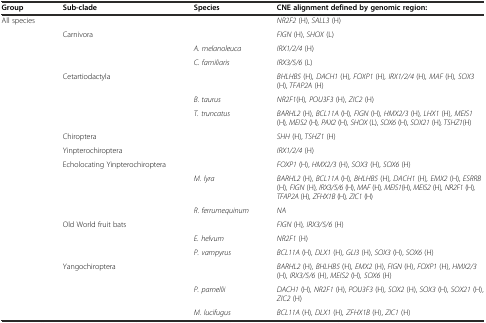
| Group | Sub-clade | Species | CNE alignment defined by genomic region: |
 | --- | --- | --- | --- |
 | All species |  |  | NR2F2 (H), SALL3 (H) |
 |  | Carnivora |  | FIGN (H), SHOX (L) |
 |  |  | A. melanoleuca | IRX1/2/4 (H) |
 |  |  | C. familiaris | IRX3/5/6 (L) |
 |  | Cetartiodactyla |  | BHLHB5 (H), DACH1 (H), FOXP1 (H), IRX1/2/4 (H), MAF (H), SOX3 (H), TFAP2A (H) |
 |  |  | B. taurus | NR2F1(H), POU3F3 (H), ZIC2 (H) |
 |  |  | T. truncatus | BARHL2 (H), BCL11A (H), FIGN (H), HMX2/3 (H), LHX1 (H), MEIS1 (H), MEIS2 (H), PAX2 (H), SHOX (L), SOX6 (H), SOX21 (H), TSHZ1(H) |
 |  | Chiroptera |  | SHH (H), TSHZ1 (H) |
 |  | Yinpterochiroptera |  | IRX1/2/4 (H) |
 |  | Echolocating Yinpterochiroptera |  | FOXP1 (H), HMX2/3 (H), SOX3 (H), SOX6 (H) |
 |  |  | M. lyra | BARHL2 (H), BCL11A (H), BHLHB5 (H), DACH1 (H), EMX2 (H), ESRRB (H), FIGN (H), IRX3/5/6 (H), MAF (H), MEIS1(H), MEIS2 (H), NR2F1 (H), TFAP2A (H), ZFHX1B (H), ZIC1 (H) |
 |  |  | R. ferrumequinum | NA |
 |  | Old World fruit bats |  | FIGN (H), IRX3/5/6 (H) |
 |  |  | E. helvum | NR2F1 (H) |
 |  |  | P. vampyrus | BCL11A (H), DLX1 (H), GLI3 (H), SOX3 (H), SOX6 (H) |
 |  | Yangochiroptera |  | BARHL2 (H), BHLHB5 (H), EMX2 (H), FIGN (H), FOXP1 (H), HMX2/3 (H), IRX3/5/6 (H), MEIS2 (H), SOX6 (H) |
 |  |  | P. parnellii | DACH1 (H), NR2F1 (H), POU3F3 (H), SOX2 (H), SOX3 (H), SOX21 (H), ZIC2 (H) |
 |  |  | M. lucifugus | BCL11A (H), DLX1 (H), ZFHX1B (H), ZIC1 (H) |